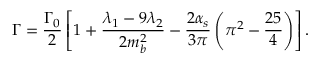
\Gamma = \frac { \Gamma _ { 0 } } 2 \left[ 1 + \frac { \lambda _ { 1 } - 9 \lambda _ { 2 } } { 2 m _ { b } ^ { 2 } } - \frac { 2 \alpha _ { s } } { 3 \pi } \left( \pi ^ { 2 } - \frac { 2 5 } { 4 } \right) \right] .